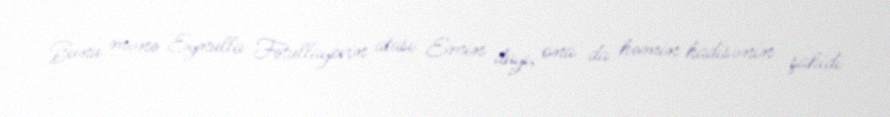
Bunu mənə Eynulla Fətullayevin atası Emin dayı, ona da həmin hadisənin şahidi